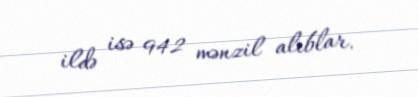
ildə isə 942 mənzil alıblar.